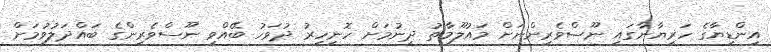
އިންޑިޔާގެ ހަރިޔާނާގައި ނޫސްވެރިންނަށް މައުލޫމާތު ދިނުމަށް ހޮނިހިރު ދުވަހު ބޭއްވި ނޫސްވެރިންގެ ބައްދަލުވުމަށް